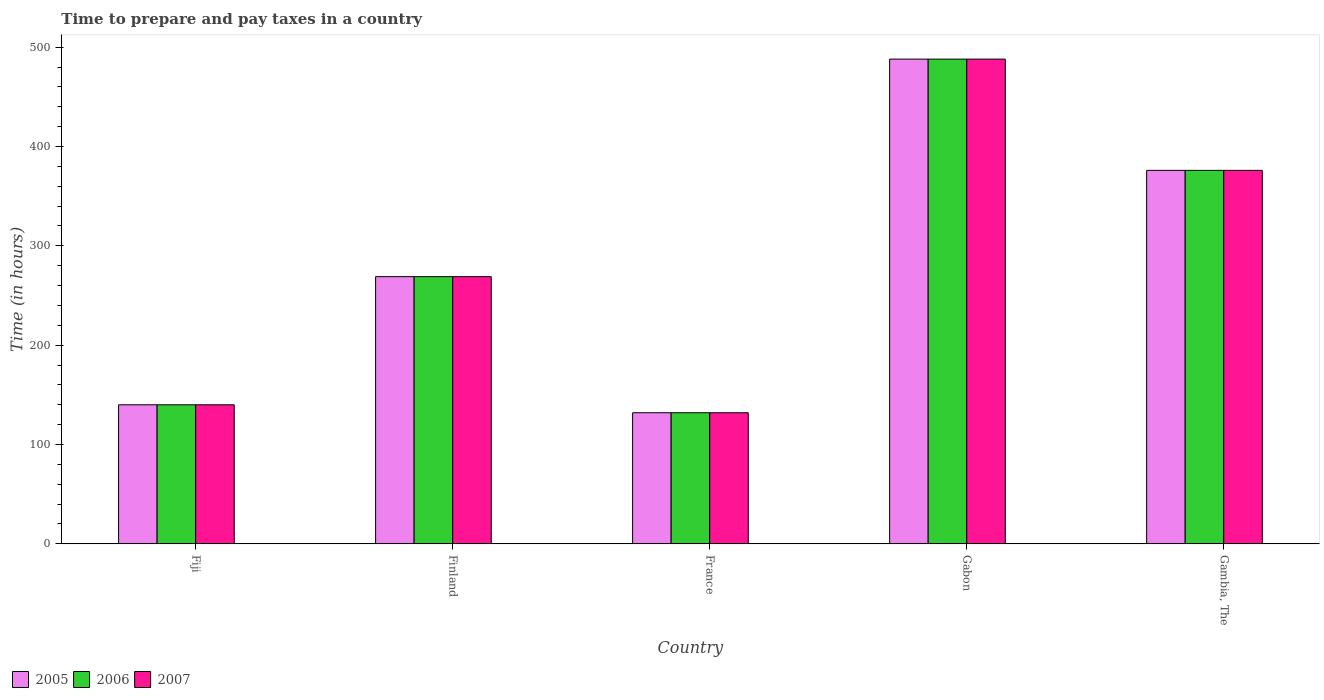
| Country | 2005 | 2006 | 2007 |
 | --- | --- | --- | --- |
 | Fiji | 140 | 140 | 140 |
 | Finland | 269 | 269 | 269 |
 | France | 132 | 132 | 132 |
 | Gabon | 488 | 488 | 488 |
 | Gambia, The | 376 | 376 | 376 |